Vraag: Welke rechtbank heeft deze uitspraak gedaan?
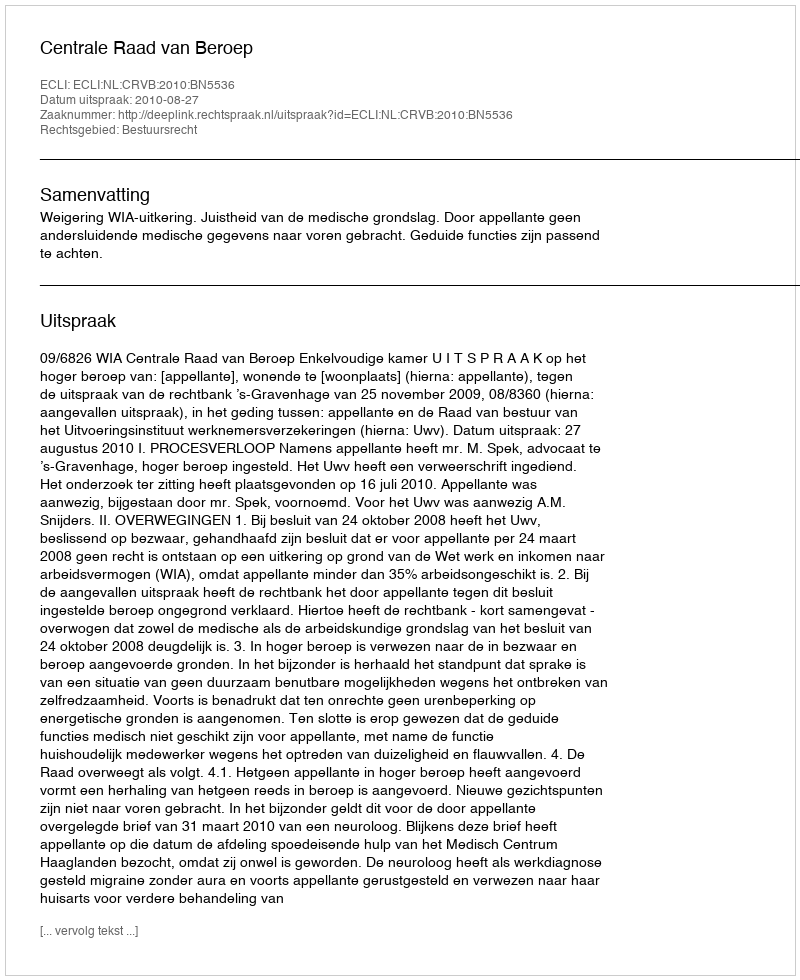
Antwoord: Centrale Raad van Beroep